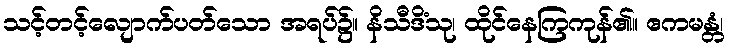
သင့်တင့်လျောက်ပတ်သော အရပ်၌။ နိသီဒိံသု၊ ထိုင်နေကြကုန်၏။ ဧကမန္တံ၊